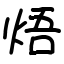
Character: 焐